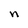
Character: n